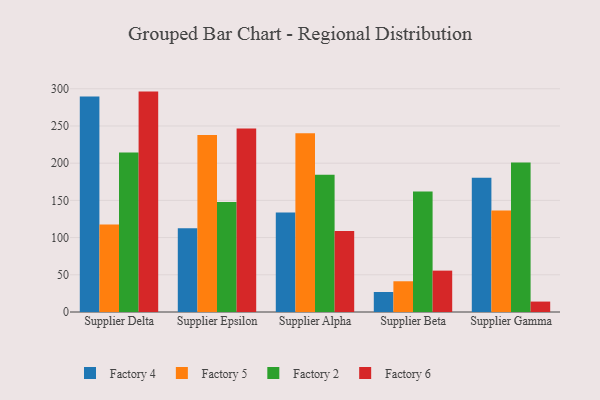
{"axis": {"x": "Supplier", "y": "Headcount"}, "legend": ["Factory 2", "Factory 4", "Factory 5", "Factory 6"], "data": [{"x": "Supplier Delta", "y": 289.6, "type": "Factory 4"}, {"x": "Supplier Delta", "y": 117.7, "type": "Factory 5"}, {"x": "Supplier Delta", "y": 214.4, "type": "Factory 2"}, {"x": "Supplier Delta", "y": 296.2, "type": "Factory 6"}, {"x": "Supplier Epsilon", "y": 112.6, "type": "Factory 4"}, {"x": "Supplier Epsilon", "y": 238.0, "type": "Factory 5"}, {"x": "Supplier Epsilon", "y": 147.7, "type": "Factory 2"}, {"x": "Supplier Epsilon", "y": 246.6, "type": "Factory 6"}, {"x": "Supplier Alpha", "y": 133.7, "type": "Factory 4"}, {"x": "Supplier Alpha", "y": 240.2, "type": "Factory 5"}, {"x": "Supplier Alpha", "y": 184.5, "type": "Factory 2"}, {"x": "Supplier Alpha", "y": 108.9, "type": "Factory 6"}, {"x": "Supplier Beta", "y": 26.9, "type": "Factory 4"}, {"x": "Supplier Beta", "y": 41.3, "type": "Factory 5"}, {"x": "Supplier Beta", "y": 162.1, "type": "Factory 2"}, {"x": "Supplier Beta", "y": 55.6, "type": "Factory 6"}, {"x": "Supplier Gamma", "y": 180.5, "type": "Factory 4"}, {"x": "Supplier Gamma", "y": 136.4, "type": "Factory 5"}, {"x": "Supplier Gamma", "y": 201.0, "type": "Factory 2"}, {"x": "Supplier Gamma", "y": 14.0, "type": "Factory 6"}]}